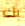
بك